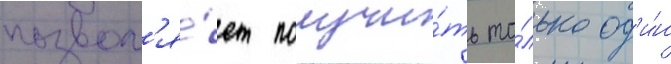
позвол'я́ет получи́ть то́лько од'и́н